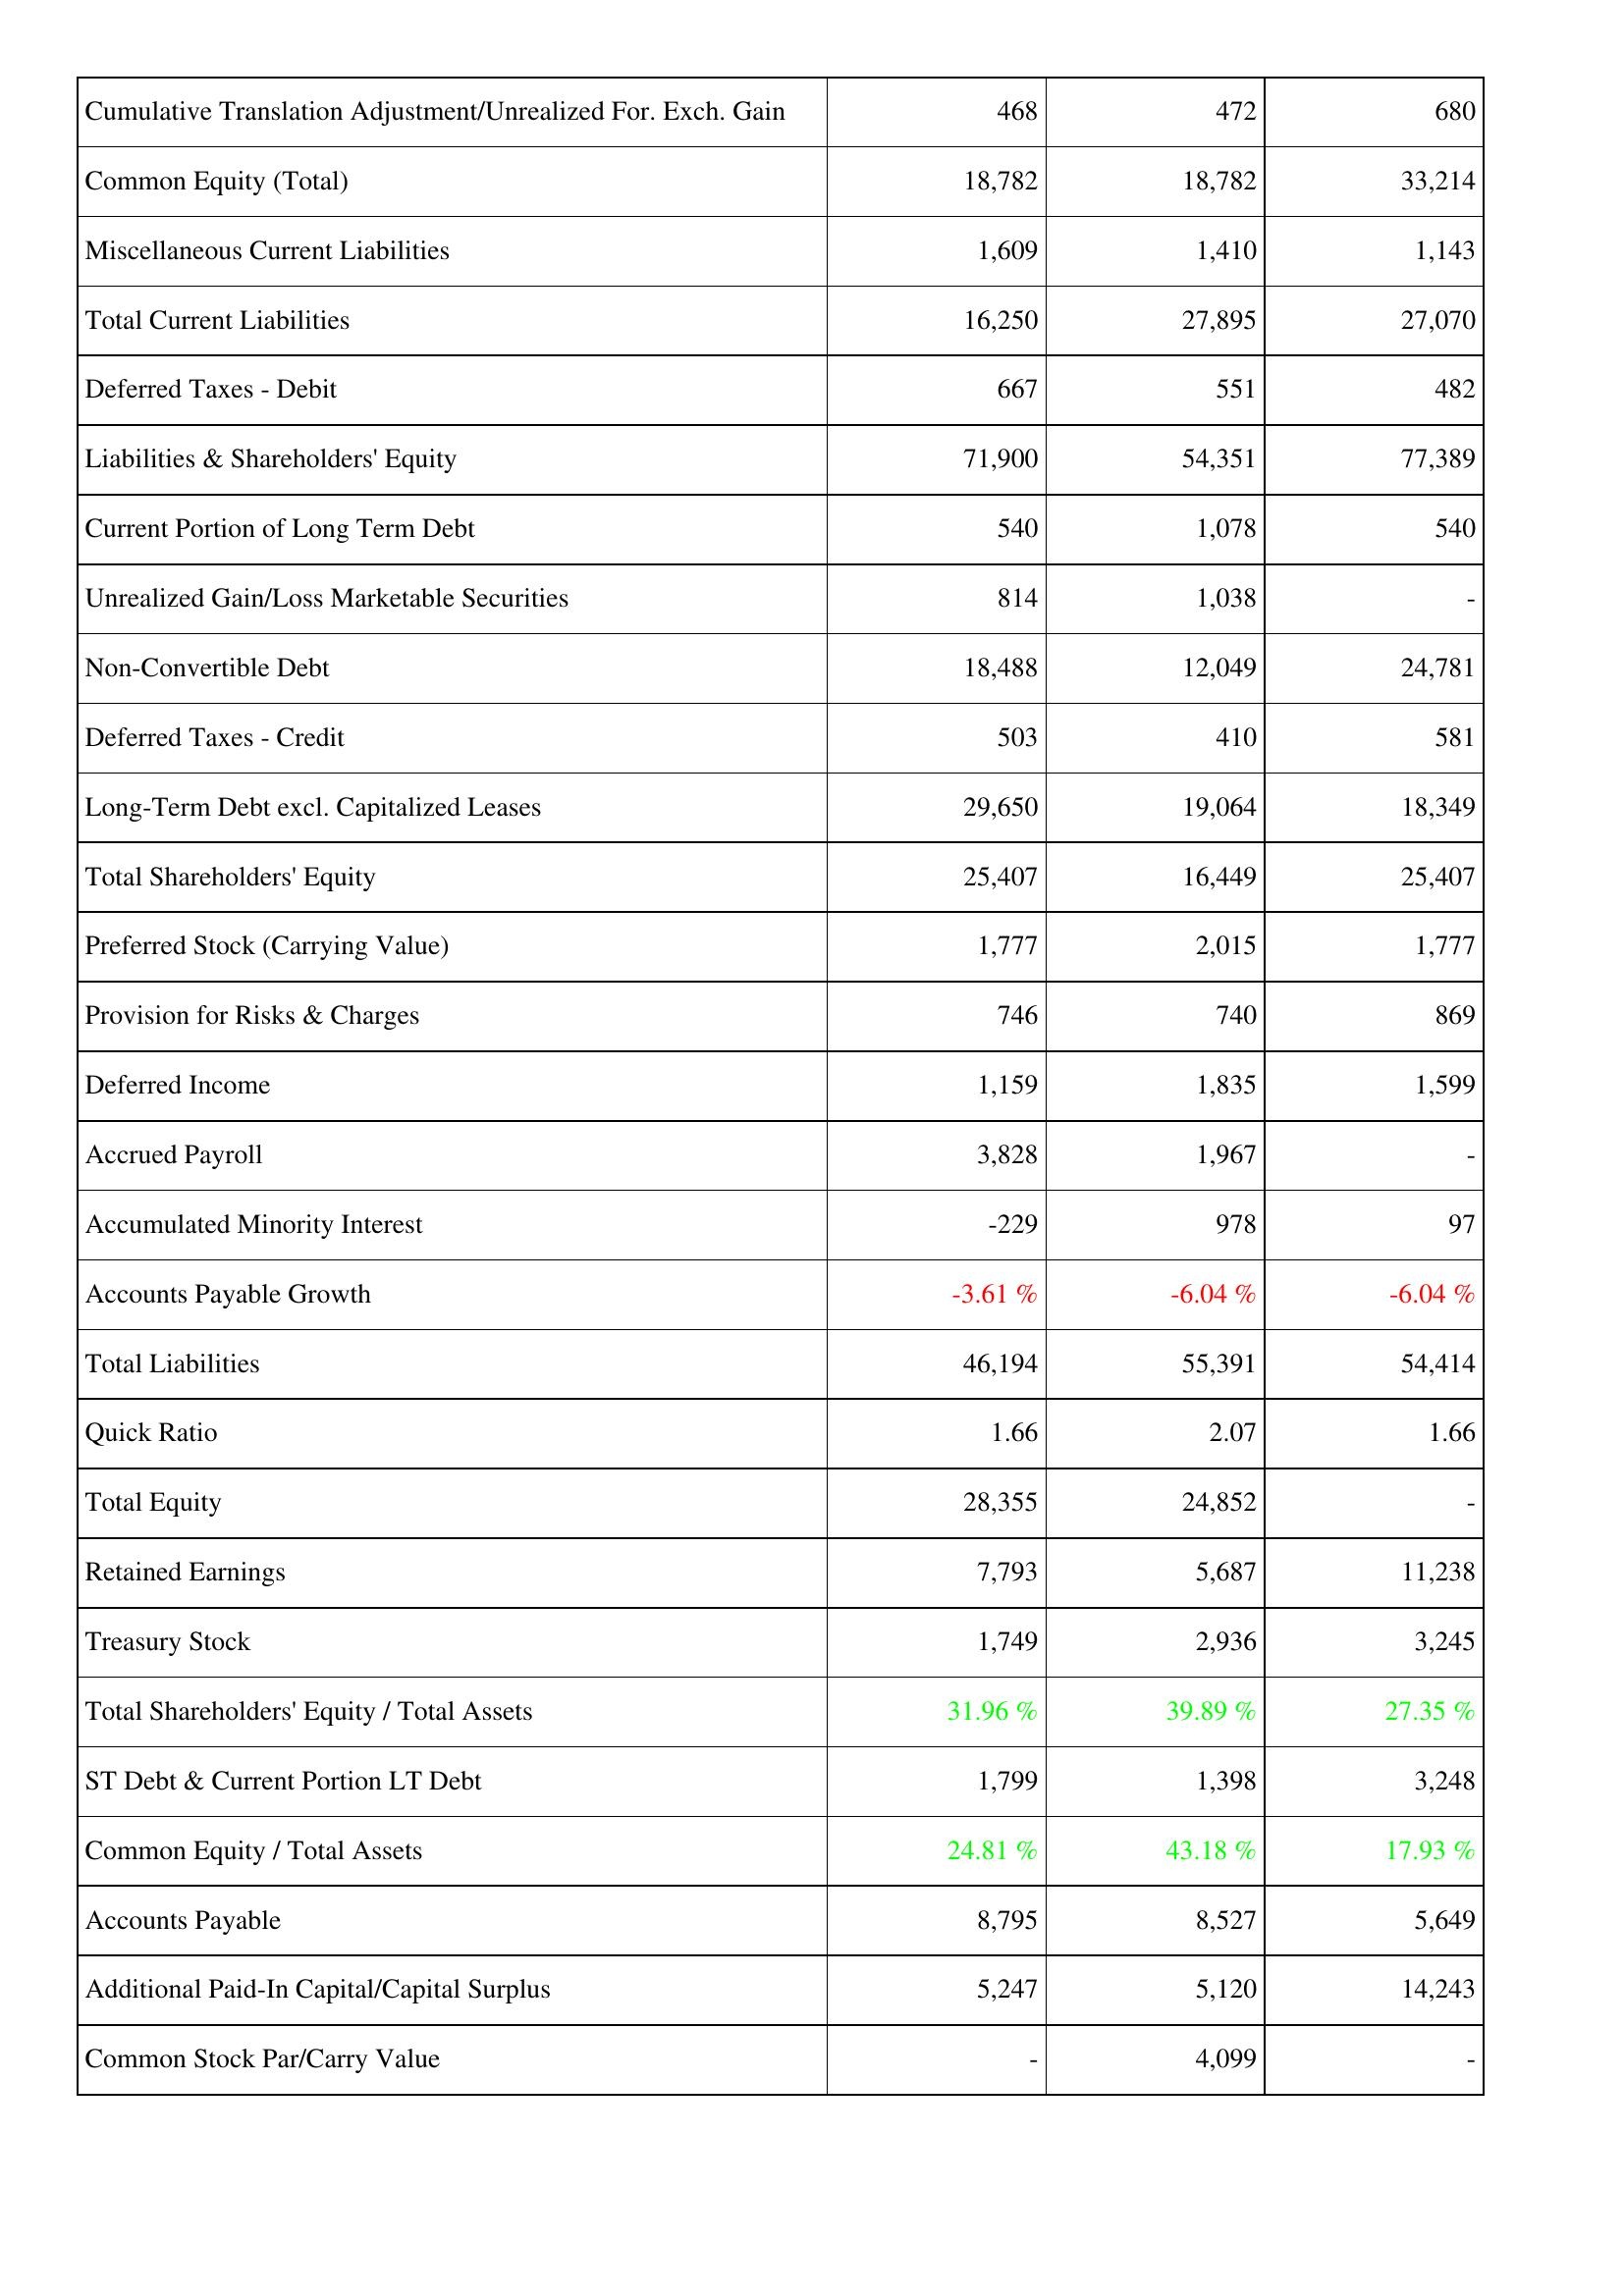
2016: Liabilities & Shareholders' Equity: Cumulative Translation Adjustment/Unrealized For. Exch. Gain: 468
Common Equity (Total): 18,782
Miscellaneous Current Liabilities: 1,609
Total Current Liabilities: 16,250
Deferred Taxes - Debit: 667
Liabilities & Shareholders' Equity: 71,900
Current Portion of Long Term Debt: 540
Unrealized Gain/Loss Marketable Securities: 814
Non-Convertible Debt: 18,488
Deferred Taxes - Credit: 503
Long-Term Debt excl. Capitalized Leases: 29,650
Total Shareholders' Equity: 25,407
Preferred Stock (Carrying Value): 1,777
Provision for Risks & Charges: 746
Deferred Income: 1,159
Accrued Payroll: 3,828
Accumulated Minority Interest: -229
Accounts Payable Growth: -3.61 %
Total Liabilities: 46,194
Quick Ratio: 1.66
Total Equity: 28,355
Retained Earnings: 7,793
Treasury Stock: 1,749
Total Shareholders' Equity / Total Assets: 31.96 %
ST Debt & Current Portion LT Debt: 1,799
Common Equity / Total Assets: 24.81 %
Accounts Payable: 8,795
Additional Paid-In Capital/Capital Surplus: 5,247
Common Stock Par/Carry Value: -
2015: Liabilities & Shareholders' Equity: Cumulative Translation Adjustment/Unrealized For. Exch. Gain: 472
Common Equity (Total): 18,782
Miscellaneous Current Liabilities: 1,410
Total Current Liabilities: 27,895
Deferred Taxes - Debit: 551
Liabilities & Shareholders' Equity: 54,351
Current Portion of Long Term Debt: 1,078
Unrealized Gain/Loss Marketable Securities: 1,038
Non-Convertible Debt: 12,049
Deferred Taxes - Credit: 410
Long-Term Debt excl. Capitalized Leases: 19,064
Total Shareholders' Equity: 16,449
Preferred Stock (Carrying Value): 2,015
Provision for Risks & Charges: 740
Deferred Income: 1,835
Accrued Payroll: 1,967
Accumulated Minority Interest: 978
Accounts Payable Growth: -6.04 %
Total Liabilities: 55,391
Quick Ratio: 2.07
Total Equity: 24,852
Retained Earnings: 5,687
Treasury Stock: 2,936
Total Shareholders' Equity / Total Assets: 39.89 %
ST Debt & Current Portion LT Debt: 1,398
Common Equity / Total Assets: 43.18 %
Accounts Payable: 8,527
Additional Paid-In Capital/Capital Surplus: 5,120
Common Stock Par/Carry Value: 4,099
2014: Liabilities & Shareholders' Equity: Cumulative Translation Adjustment/Unrealized For. Exch. Gain: 680
Common Equity (Total): 33,214
Miscellaneous Current Liabilities: 1,143
Total Current Liabilities: 27,070
Deferred Taxes - Debit: 482
Liabilities & Shareholders' Equity: 77,389
Current Portion of Long Term Debt: 540
Unrealized Gain/Loss Marketable Securities: -
Non-Convertible Debt: 24,781
Deferred Taxes - Credit: 581
Long-Term Debt excl. Capitalized Leases: 18,349
Total Shareholders' Equity: 25,407
Preferred Stock (Carrying Value): 1,777
Provision for Risks & Charges: 869
Deferred Income: 1,599
Accrued Payroll: -
Accumulated Minority Interest: 97
Accounts Payable Growth: -6.04 %
Total Liabilities: 54,414
Quick Ratio: 1.66
Total Equity: -
Retained Earnings: 11,238
Treasury Stock: 3,245
Total Shareholders' Equity / Total Assets: 27.35 %
ST Debt & Current Portion LT Debt: 3,248
Common Equity / Total Assets: 17.93 %
Accounts Payable: 5,649
Additional Paid-In Capital/Capital Surplus: 14,243
Common Stock Par/Carry Value: -